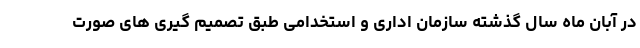
در آبان ماه سال گذشته سازمان اداری و استخدامی طبق تصمیم گیری های صورت